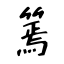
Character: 篶